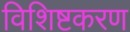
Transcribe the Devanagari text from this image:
विशिष्टकरण